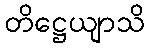
တိဋ္ဌေယျာသိ